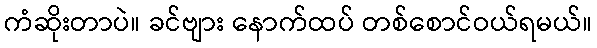
ကံဆိုးတာပဲ။ ခင်ဗျား နောက်ထပ် တစ်စောင်ဝယ်ရမယ်။